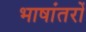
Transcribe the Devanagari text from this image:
भाषांतरों